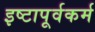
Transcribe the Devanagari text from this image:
इष्टापूर्वकर्म